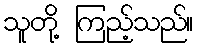
သူတို့ ကြည့်သည်။